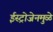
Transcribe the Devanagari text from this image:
ईस्ट्रोजेनमुळे